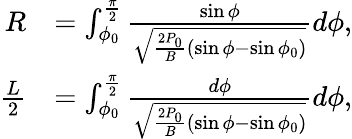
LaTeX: \begin{array}{rl}{R}&{=\int_{\phi_{0}}^{\frac{\pi}{2}}\frac{\sin\phi}{\sqrt{\frac{2P_{0}}{B}(\sin\phi-\sin\phi_{0})}}d\phi,}\\ {\frac{L}{2}}&{=\int_{\phi_{0}}^{\frac{\pi}{2}}\frac{d\phi}{\sqrt{\frac{2P_{0}}{B}(\sin\phi-\sin\phi_{0})}}d\phi,}\end{array}